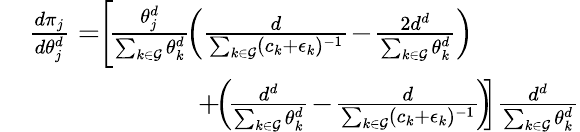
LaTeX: \begin{array}{rl}&{\frac{d\pi_{j}}{d\theta_{j}^{d}}=\! \! \left[\! \frac{\theta_{j}^{d}}{\sum_{k\in\mathcal{G}}\theta_{k}^{d}}\! \left(\frac{d}{\sum_{k\in\mathcal{G}}(c_{k}+\epsilon_{k})^{-1}}\! -\! \frac{2d^{d}}{\sum_{k\in\mathcal{G}}\theta_{k}^{d}}\right)\! \! \right.}\\ &{\quad\quad\quad\quad\quad\quad\left.+\! \! \left(\! \frac{d^{d}}{\sum_{k\in\mathcal{G}}\theta_{k}^{d}}\! -\! \frac{d}{\sum_{k\in\mathcal{G}}(c_{k}+\epsilon_{k})^{-1}}\! \right)\! \! \right]\frac{d^{d}}{\sum_{k\in\mathcal{G}}\theta_{k}^{d}}}\end{array}